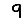
Digit: 9